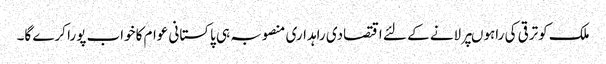
ملک کوترقی کی راہوںپرلانے کے لئے اقتصادی راہداری منصوبہ ہی پاکستانی عوام کاخواب پورا کرے گا۔